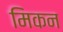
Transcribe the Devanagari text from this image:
मिकन